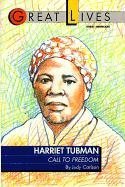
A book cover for Harriet Tubman: Call to Freedom Great Lives Series (Great Lives (Fawcett)); Judy Carlson; Teen & Young Adult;